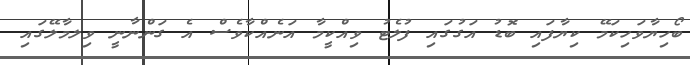
ބޯހިޔާވަހިކަމޭ ކިޔާފައި ބޮޑު އަގުގައި ފުލެޓު ވިއްކީމާ އަނެއްކާވެސް އެ ގަންނާނީ ވިލމާލޭގައި